Civil Veterinary Department Bihar & Orissa reports 1922-29 - 1922-1929
Year: 1922
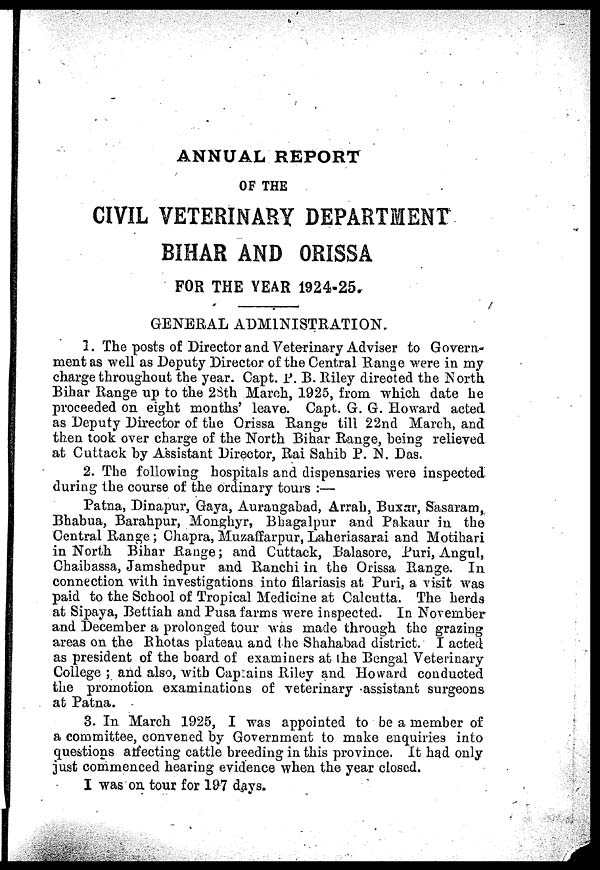
ANNUAL REPORT
OF THE
CIVIL VETERINARY DEPARTMENT
BIHAR AND ORISSA
FOR THE YEAR 1924-25.
GENERAL ADMINISTRATION,
1. The posts of Director and Veterinary Adviser to Govern-
ment as well as Deputy Director of the Central Range were in my
charge throughout the year. Capt. P. B. Riley directed the North
Bihar Range up to the 23th March, 1925, from which date he
proceeded on eight months' leave. Capt. G. G. Howard acted
as Deputy Director of the Orissa Range till 22nd March, and
then took over charge of the North Bihar Range, being relieved
at Cuttack by Assistant Director, Rai Sahib P. N. Das.
2. The following hospitals and dispensaries were inspected
during the course of the ordinary tours :—
Patna, Dinapur, Gaya, Aurangahad, Arrah, Buxar, Sasaram,
Bhahua, Barahpur, Monghyr, Bhagalpur and Pakaur in the
Central Range; Chapra, Muzaffarpur, Laheriasarai and Motihari
in North Bihar Range; and Cuttack, Balasore, Puri, Angul,
Chaibassa, Jamshedpur and Ranchi in the Orissa Range. In
connection with investigations into filariasis at Puri, a visit was
paid to the School of Tropical Medicine at Calcutta. The herds
at Sipaya, Bettiah and Pusa farms were inspected. In November
and December a prolonged tour was made through the grazing
areas on the Rhotas plateau and the Shahabad district. I acted
as president of the board of examiners at the Bengal Veterinary
College ; and also, with Captains Riley and Howard conducted
the promotion examinations of veterinary assistant surgeons
at Patna.
3. In March 1925, I was appointed to be a member of
a committee, convened by Government to make enquiries into
questions atfecting cattle breeding in this province. It had only
just commenced hearing evidence when the year closed.
I was on tour for 197 days.